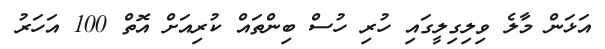
އަޅަން މާލެ ވިލިގިލީގައި ހުރި ހުސް ބިންތައް ކުރިއަށް އޮތް 100 އަހަރު